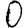
Digit: 0